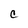
Character: C